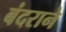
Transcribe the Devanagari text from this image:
बंदराने